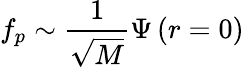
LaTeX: f_{p}\sim\frac 1{\sqrt{M}}\Psi\left(r=0\right)